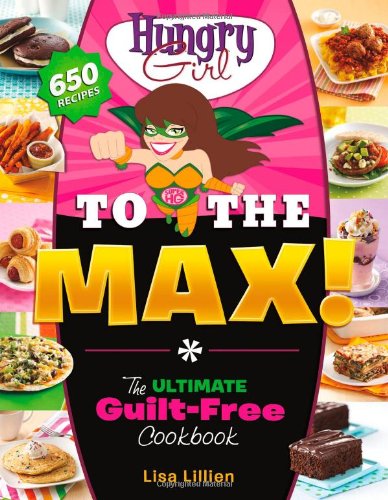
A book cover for Hungry Girl to the Max!: The Ultimate Guilt-Free Cookbook; Lisa Lillien; Cookbooks, Food & Wine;